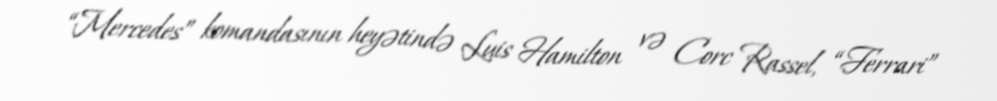
“Mercedes” komandasının heyətində Luis Hamilton və Corc Rassel, “Ferrari”